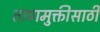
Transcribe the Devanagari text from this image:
ताणमुक्तीसाठी